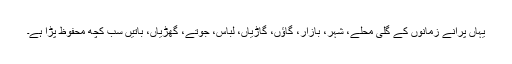
یہاں پرانے زمانوں کے گلی محلے، شہر، بازار، گاؤں، گاڑیاں، لباس، جوتے، گھڑیاں، باتیں سب کچھ محفوظ پڑا ہے۔